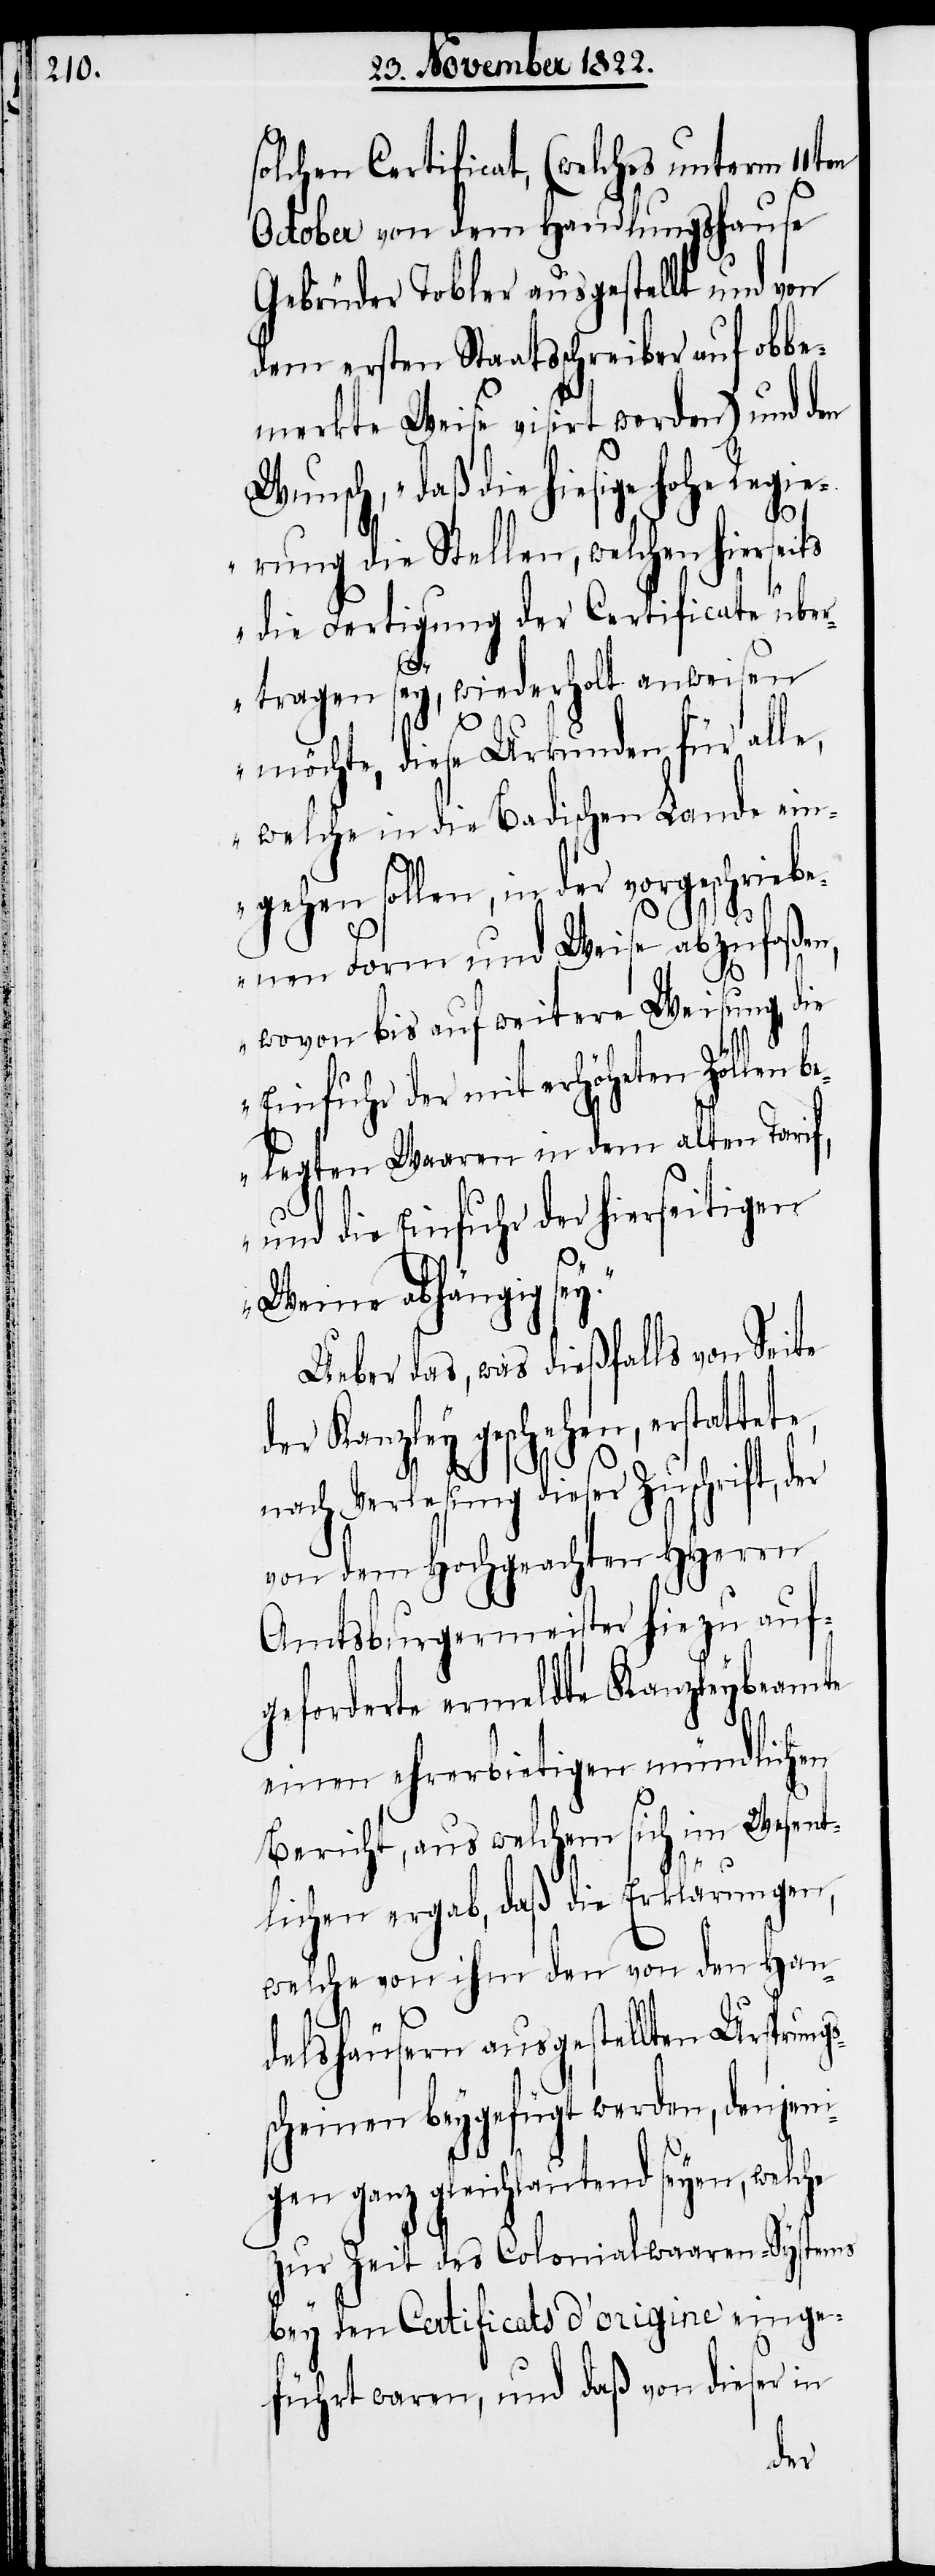
solchen Certificat, (welches unterm 11ten
October von dem Handlungshause
Gebrüder Tobler ausgestellt und von
dem ersten Staatsschreiber auf obbe¬
merkte Weise visirt werden) und den
Wunsch, „daß die hiesige hohe Regie¬
rung die Stellen, welchen hierseits
die Fertigung der Certificate über¬
tragen sey, wiederholt anweisen
möchte, diese Urkunden für alle,
welche in die Badischen Lande eing¬
ehen sollen, in der vorgeschrieb¬
enen Form und Weise abzufaßen,
wovon bis auf weitere Weisung, die
Einfuhr der mit erhöheten Zöllen
belegten Waaren in dem alten Tarif,
und die Einfuhr der hierseitigen
Weine abhängig se¬
Ueber das, was dießfalls von Seite
der Kanzley geschehen, erstattete,
nach Verlesung dieser Zuschrift,
von dem Hochgeachten HHerrn
Amtsburgermeister hiezu auf¬
geforderte ermeldte Kanzleybeamte
einen ehrerbietigen mündlichen
Bericht, aus welchem sich im Wesent¬
s¬
lichen ergab, daß die Erklärungen,
welche von ihm den von den Han¬
delshäusern ausgestellten Ursprungs¬
cheinen beygefügt werden, denjeni¬
gen ganz gleichlautend seyen, welche
zur Zeit des Colonialwaaren-Systems
bey den Certificats d’origine einge¬
führt waren, und daß von dieser in
der